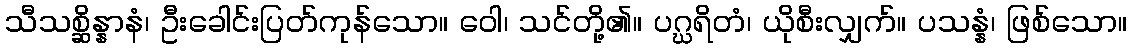
သီသစ္ဆိန္နာနံ၊ ဦးခေါင်းပြတ်ကုန်သော။ ဝေါ၊ သင်တို့၏။ ပဂ္ဃရိတံ၊ ယိုစီးလျှက်။ ပသန္နံ၊ ဖြစ်သော။